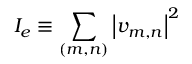
I _ { e } \equiv \sum _ { ( m , n ) } \left\lvert v _ { m , n } \right\rvert ^ { 2 }